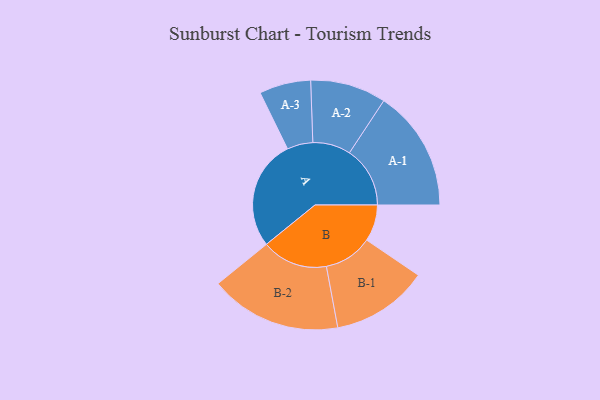
{"axis": {"x": "Segment", "y": "Value"}, "legend": ["", "A", "B"], "data": [{"x": "A", "y": 500, "type": ""}, {"x": "B", "y": 166, "type": ""}, {"x": "A-1", "y": 275, "type": "A"}, {"x": "A-2", "y": 172, "type": "A"}, {"x": "A-3", "y": 117, "type": "A"}, {"x": "B-1", "y": 220, "type": "B"}, {"x": "B-2", "y": 299, "type": "B"}]}